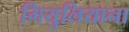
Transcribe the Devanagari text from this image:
गियुलियाना